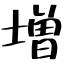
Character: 増